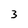
Character: 3